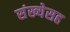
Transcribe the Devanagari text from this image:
संख्येसह